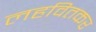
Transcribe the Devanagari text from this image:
लहवितकर